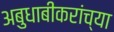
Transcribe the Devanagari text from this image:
अबुधाबीकरांच्या